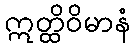
ဣတ္ထိဝိမာနံ